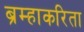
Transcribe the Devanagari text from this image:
ब्रम्हाकरिता